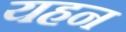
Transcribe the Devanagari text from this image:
यहन